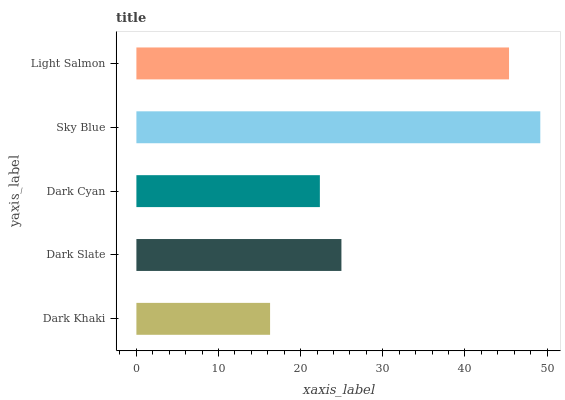
| yaxis_label | bars |
 | --- | --- |
 | Dark Khaki | 16.3 |
 | Dark Slate | 25 |
 | Dark Cyan | 22.3 |
 | Sky Blue | 49.2 |
 | Light Salmon | 45.4 |